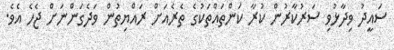
ސަައީދު ވިދާޅުވި ސަރުކާރުން ކުރާ ކަންތައްތަކުގެ ތެރެއަށް ރައްޔިތުން ވަދެގަންނަށް ޖެހެ އެވެ.